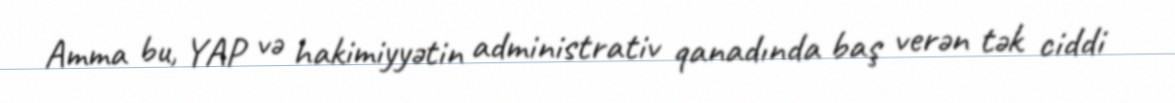
Amma bu, YAP və hakimiyyətin administrativ qanadında baş verən tək ciddi